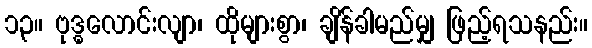
၁၃။ ဗုဒ္ဓလောင်းလျာ၊ ထိုများစွာ၊ ချိန်ခါမည်မျှ ဖြည့်ရသနည်း။